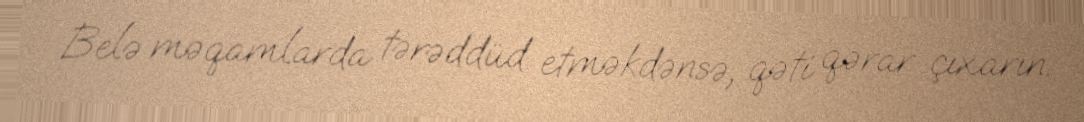
Belə məqamlarda tərəddüd etməkdənsə, qəti qərar çıxarın.